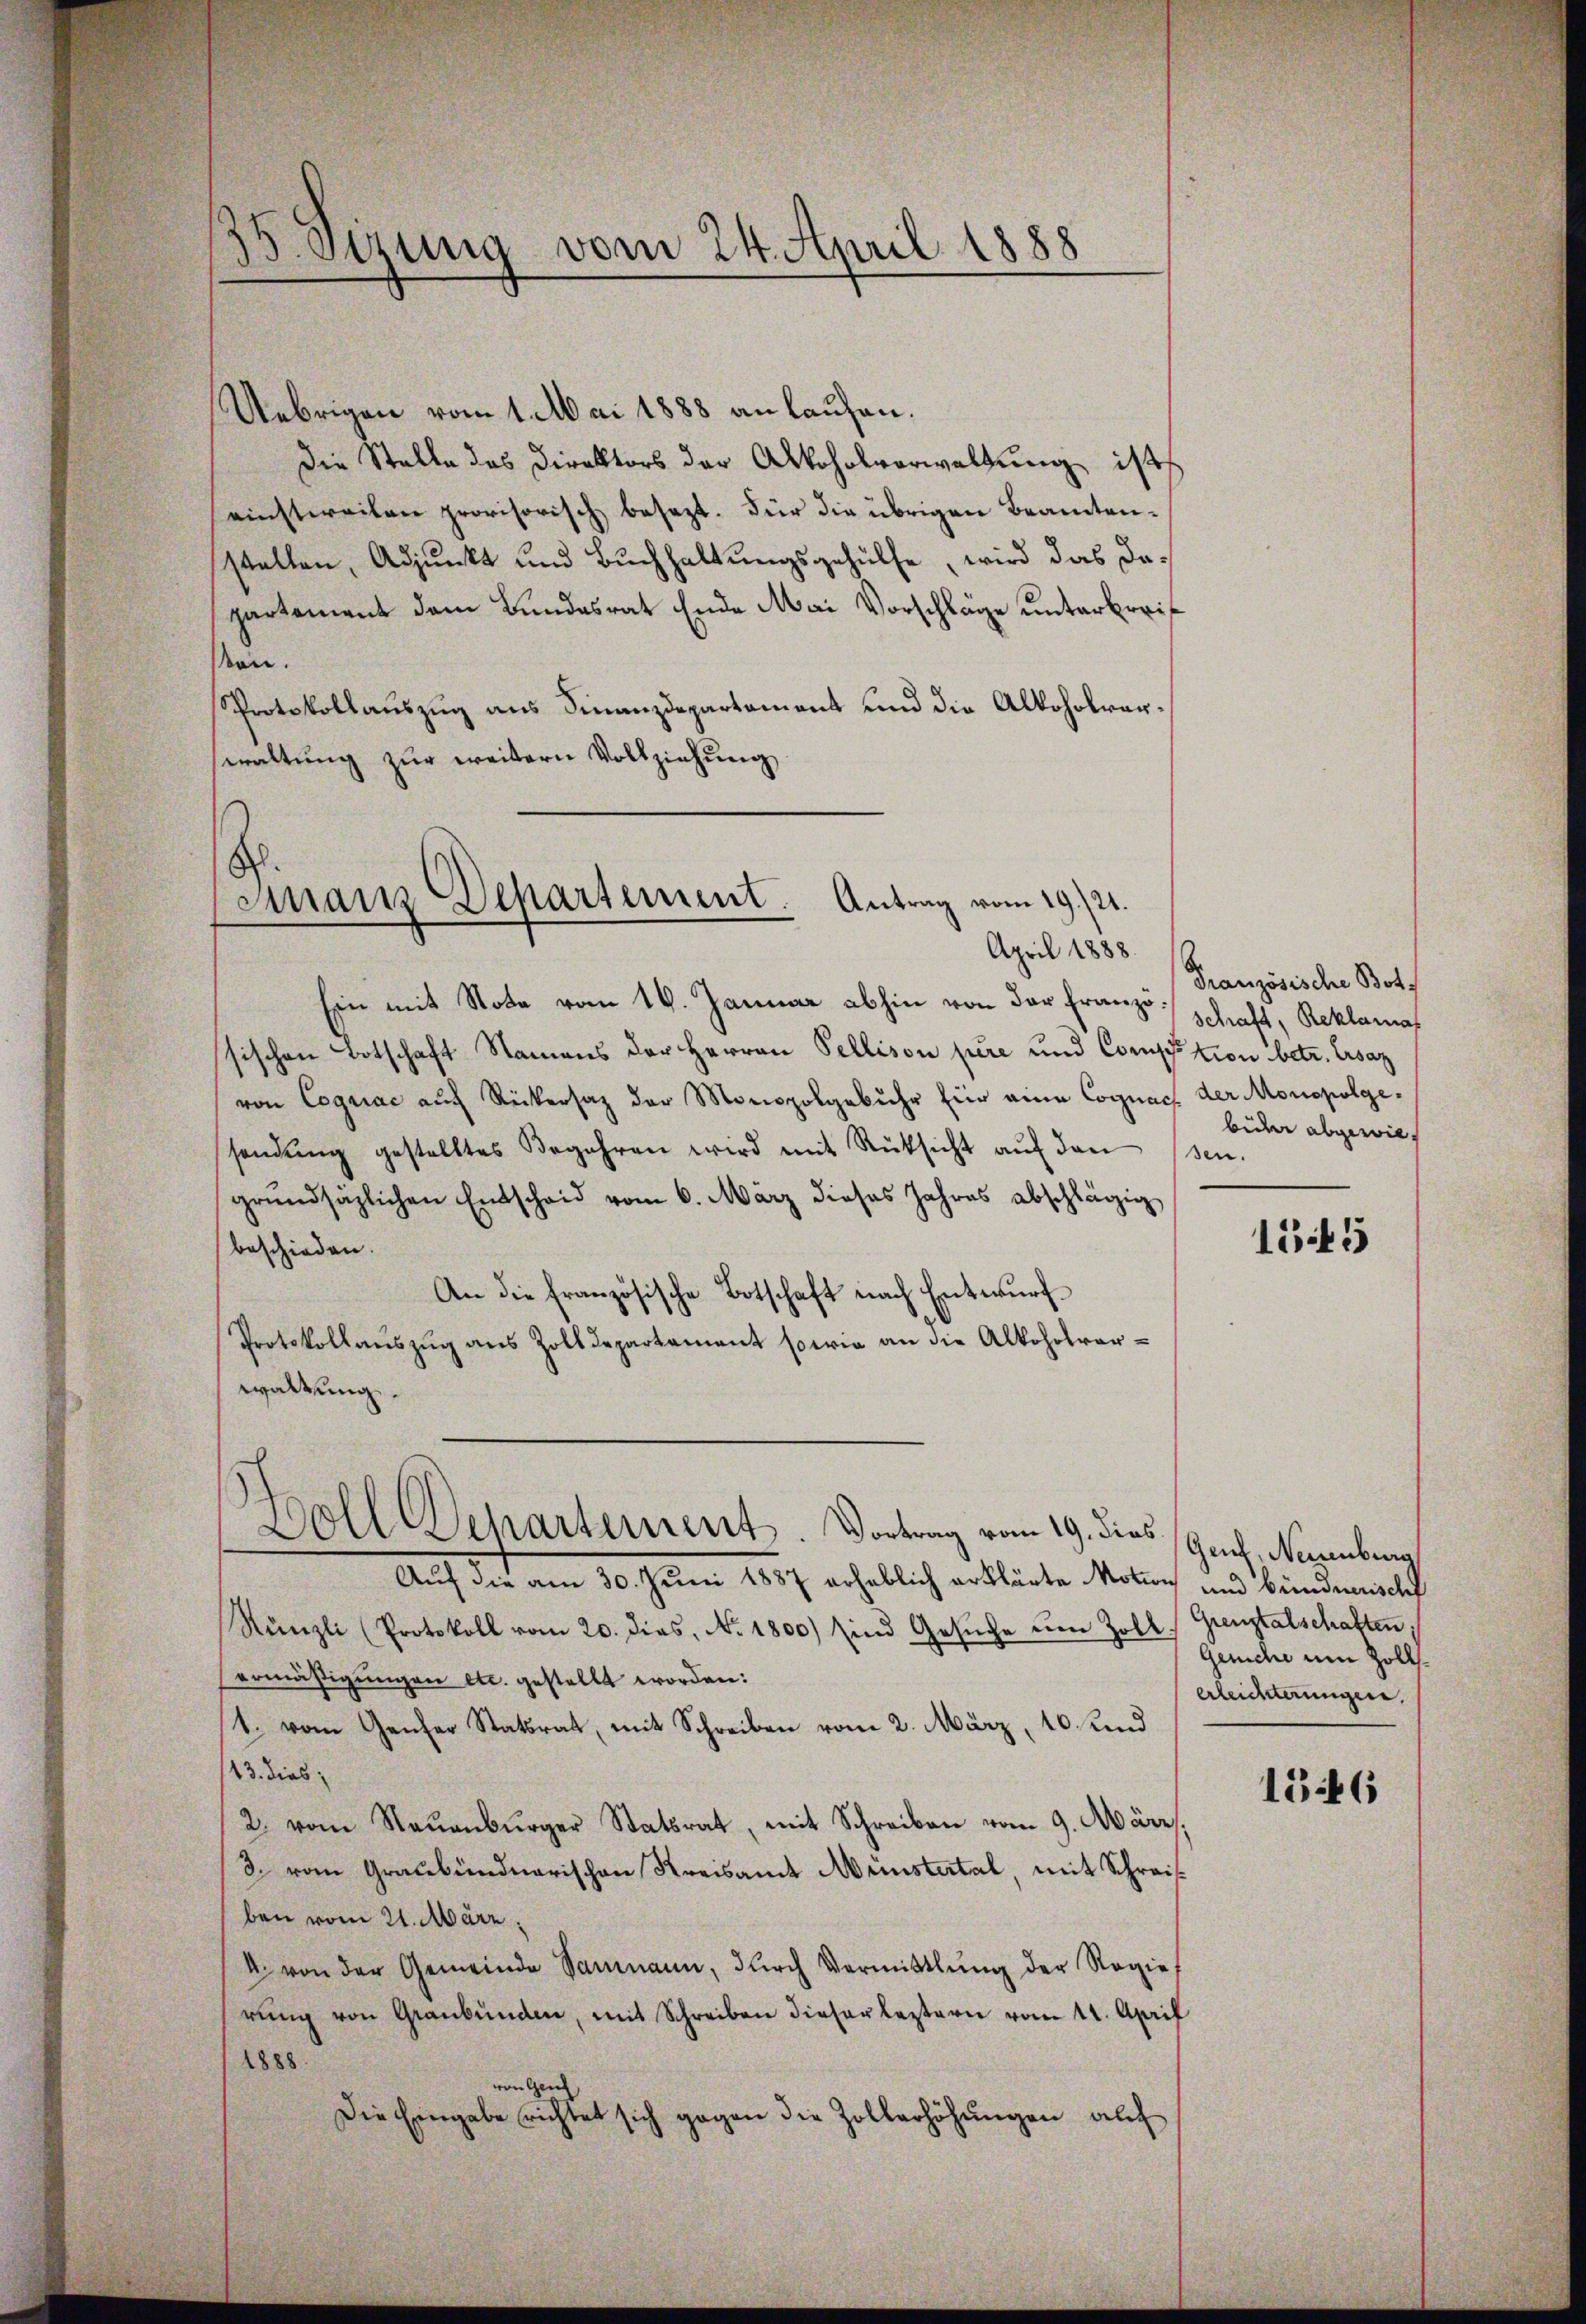
35. Sizung vom 24. April 1888

Uebrigen vom 1. Mai 1888 an laufen.
Die Stelle des Direktors der Alkoholverwaltung ist
einstweilen provisorisch besezt. Für die übrigen Beantensstellen, Adjunkt und Buchhaltungsgehülfe, wird das Departement dem Bundesrat Ende Mai Vorschläge unterbreis
son.
Protokollauszug aus Finanzdepartement und die Alkoholverwaltung zur weitern Vollziehung

Finanz Departement. Antrag vom 19./21.

April 1888.
Ein mit Note vom 16. Januar abhin von der Franzo schraft, Reklama
sischen Botschaft Namens der Herren Pellison père und Comption betr. Ersaz
von Cognac auf Rückersaz der Monopolgebühr für eine Cognach der Monopolgesendŭng gestelltes Begehren wird mit Rücksicht aŭf den sen.
grŭndsazlichen Entscheid vom 6. März dieses Jahres abschlägig
beschieden.
An die französische Botschaft nach Entwurf¬
Protokollaŭszŭg ans Zolldepartament sowie an die Alkoholverwaltung.
Auf die am 30. Juni 1887 erheblich erklärte Motion und bündnerischf
Rünzli (Protokoll vom 20. dies, No. 1800) sind Gesŭche um Zoll Grenztalschaften
ermäßigungen etc. gestellt worden:
1. vom Ganzer Statsrat, mit Schreiben vom 2. März, 10. und
13. dies
2. vom Naŭenbŭrger Statsrat, mit Schreiben vom 9. März.
3. vom Graubündnerischen Kreisamt Münstertal, mit Schreisben vom 21. März.
4. von der Gemeinde Sammann, dŭrch Vermittlung der Regie
rŭng von Graubünden, mit Schreiben dieser leztern vom 11. April
1888.
wangen
Die Eingabe richtet sich gegen die Zollerhöhŭngen auf

Doll Departement. Vortrag vom 19. ders (Geul, Naumburg

Französische Botz
bider abgewies

155

Geriche um Zollserleiderungen.

1546